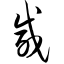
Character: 咸